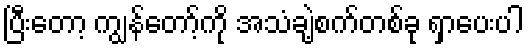
ပြီးတော့ ကျွန်တော့်ကို အသံချဲ့စက်တစ်ခု ရှာပေးပါ